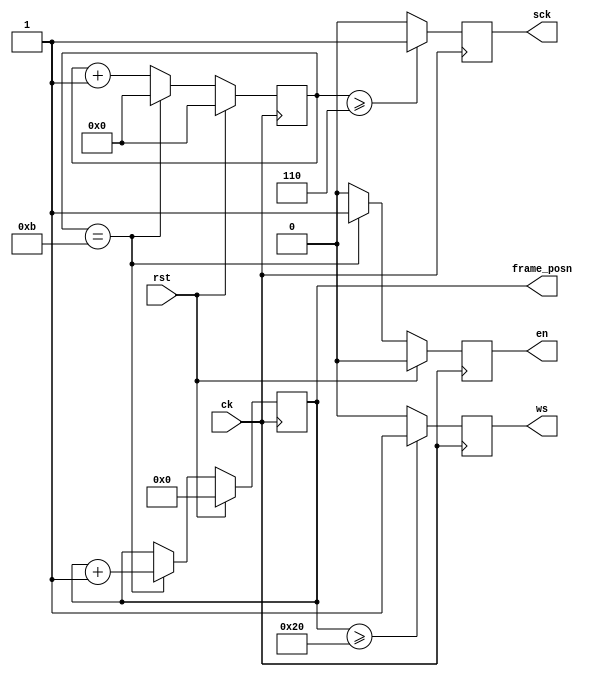
module i2s_clock
# (parameter DIVIDER=12, BITS=$clog2(DIVIDER))
(
    input wire ck,  // system clock
    input wire rst, // system reset
    output reg en,  // I2S enable
    output reg sck, // I2S clock
    output reg ws,  // I2S WS
    output reg [5:0] frame_posn // 64 clock counter for complete L/R frame
);

    // Divide the system clock down
    reg [BITS:0] prescale = 0;

    // 64 clock counter for complete L/R frame
    initial begin
        frame_posn = 0;
        en = 0;
        ws = 0;
        sck = 0;
    end

    always @(posedge ck) begin

        if (rst) begin

            prescale <= 0;
            frame_posn <= 0;
            en <= 0;
            ws <= 0;
            sck <= 0;

        end else begin

            if (prescale == (DIVIDER-1)) begin
                prescale <= 0;
                frame_posn <= frame_posn + 1;
                en <= 1;
            end else begin
                prescale <= prescale + 1;
                en <= 0;
            end

        end

        sck <= (prescale >= (DIVIDER/2)) ? 1 : 0;
        ws <= (frame_posn >= 32) ? 1 : 0;

    end

endmodule